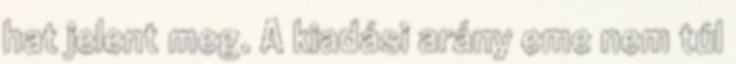
hat je­lent meg. A kiadási arány eme nem túl